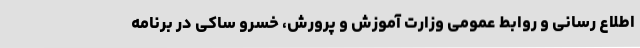
اطلاع رسانی و روابط عمومی وزارت آموزش و پرورش، خسرو ساکی در برنامه